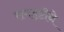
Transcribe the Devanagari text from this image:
समदृष्टीने